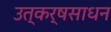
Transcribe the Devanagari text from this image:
उत्कर्षसाधन